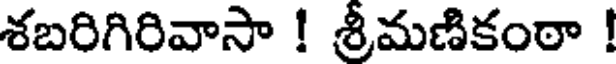
శబరిగిరివాసా ! శ్రీమణికంఠా !